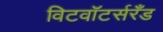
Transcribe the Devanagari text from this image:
विटवॉटर्सरँड